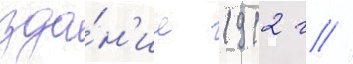
зда́н'ие 1912 г //